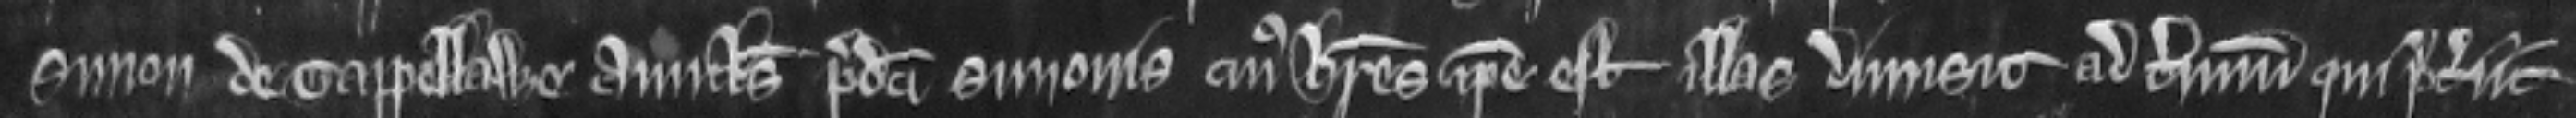
Simon de Tappellawe avunculus predicti Simonis cujus heres ipse est illas dimisit ad terminum qui preterit